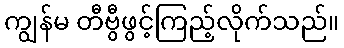
ကျွန်မ တီဗွီဖွင့်ကြည့်လိုက်သည်။